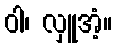
ဝါ၊ လှူအံ့။